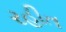
રહીત